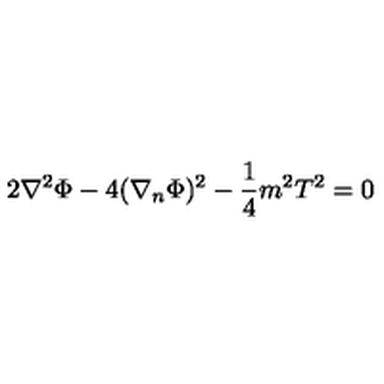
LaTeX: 2 \nabla ^ { 2 } \Phi - 4 ( \nabla _ { n } \Phi ) ^ { 2 } - \frac { 1 } { 4 } m ^ { 2 } T ^ { 2 } = 0